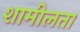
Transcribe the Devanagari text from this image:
शामीलता